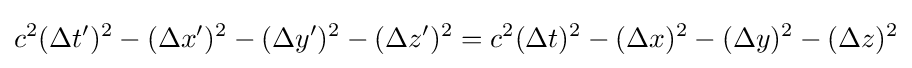
c^{2}(\Delta t')^{2}-(\Delta x')^{2}-(\Delta y')^{2}-(\Delta z')^{2}=c^{2}(\Delta t)^{2}-(\Delta x)^{2}-(\Delta y)^{2}-(\Delta z)^{2}